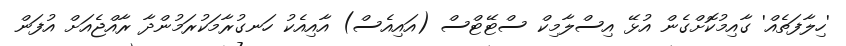
'ހިލާފަތެއް' ގާއިމުކޮށްގެން އުޅޭ އިސްލާމިކް ސްޓޭޓްސް (އައިއެސް) އާއިއެކު ހަނގުރާމަކުރަމުންދާ ރާއްޖެއަށް އުފަން